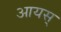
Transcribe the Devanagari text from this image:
आयस्